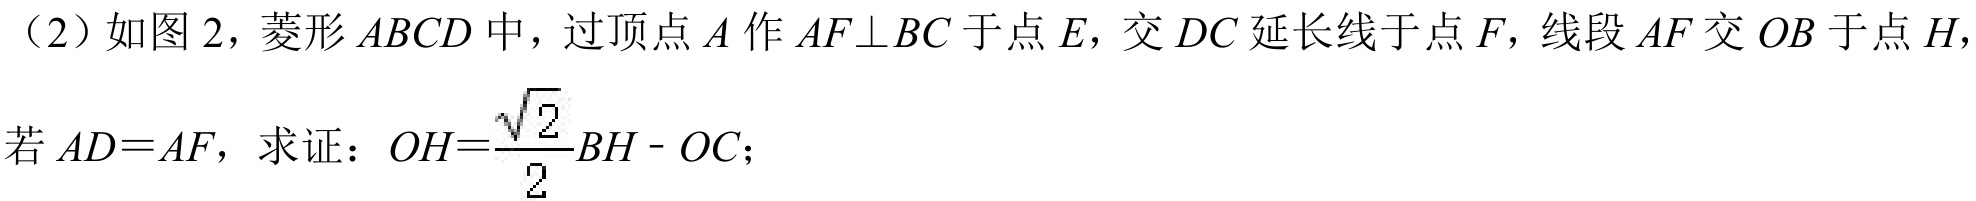
（2）如图 2，菱形\(ABCD\)中，过顶点\(A\)作\(AF\bot BC\)于点\(E\)，交\(DC\)延长线于点\(F\)，线段\(AF\)交\(OB\)于点\(H\)，
若\(AD = AF\)， 求证：\(OH=\dfrac{\sqrt{2}}{2}BH - OC\)；